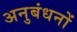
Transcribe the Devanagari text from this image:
अनुबंधनों